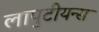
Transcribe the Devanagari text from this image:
लापुटीयन्स